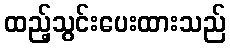
ထည့်သွင်းပေးထားသည်